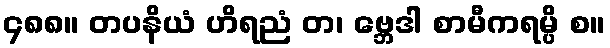
၄၈၈။ တပနိယံ ဟိရညံ တ၊ ဗ္ဘေဒါ စာမီကရမ္ပိ စ။